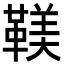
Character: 𩋼